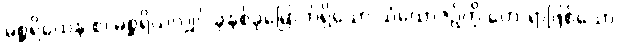
မစ္ဆရိယေန စ၊ မစ္ဆရိယလျှင် ခုနစ်ခုမြောက်ရှိသော သံယောဇဉ်ကို ဟောရာဖြစ်သော